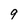
Character: 9